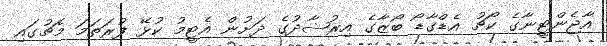
އާޖެންޓީނާގެ ކޯޗު އެޑްގާޑޯ ބޯޒާގެ އިރުޝާދުގެ ދަށުން އެޓީމު ކުޅޭ ފުރަތަމަ މެޗުގައި